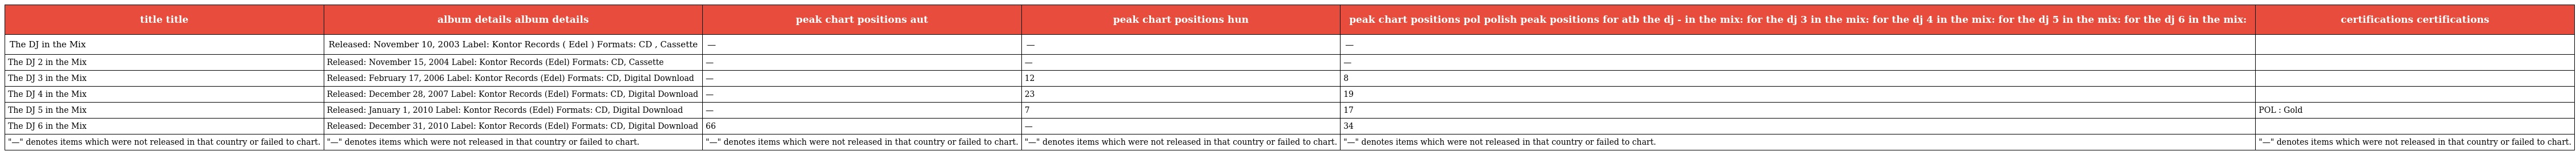
| title title | album details album details | peak chart positions aut | peak chart positions hun | peak chart positions pol polish peak positions for atb the dj - in the mix: for the dj 3 in the mix: for the dj 4 in the mix: for the dj 5 in the mix: for the dj 6 in the mix: | certifications certifications |
 | --- | --- | --- | --- | --- | --- |
 | The DJ in the Mix | Released: November 10, 2003 Label: Kontor Records ( Edel ) Formats: CD , Cassette | — | — | — |  |
 | The DJ 2 in the Mix | Released: November 15, 2004 Label: Kontor Records (Edel) Formats: CD, Cassette | — | — | — |  |
 | The DJ 3 in the Mix | Released: February 17, 2006 Label: Kontor Records (Edel) Formats: CD, Digital Download | — | 12 | 8 |  |
 | The DJ 4 in the Mix | Released: December 28, 2007 Label: Kontor Records (Edel) Formats: CD, Digital Download | — | 23 | 19 |  |
 | The DJ 5 in the Mix | Released: January 1, 2010 Label: Kontor Records (Edel) Formats: CD, Digital Download | — | 7 | 17 | POL : Gold |
 | The DJ 6 in the Mix | Released: December 31, 2010 Label: Kontor Records (Edel) Formats: CD, Digital Download | 66 | — | 34 |  |
 | "—" denotes items which were not released in that country or failed to chart. | "—" denotes items which were not released in that country or failed to chart. | "—" denotes items which were not released in that country or failed to chart. | "—" denotes items which were not released in that country or failed to chart. | "—" denotes items which were not released in that country or failed to chart. | "—" denotes items which were not released in that country or failed to chart. |